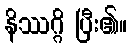
နိဿဂ္ဂိ ပြီး၏။